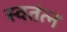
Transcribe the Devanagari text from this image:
स्वतंत्न